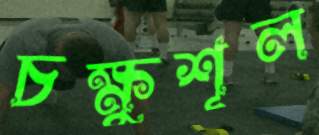
চক্ষুশূল